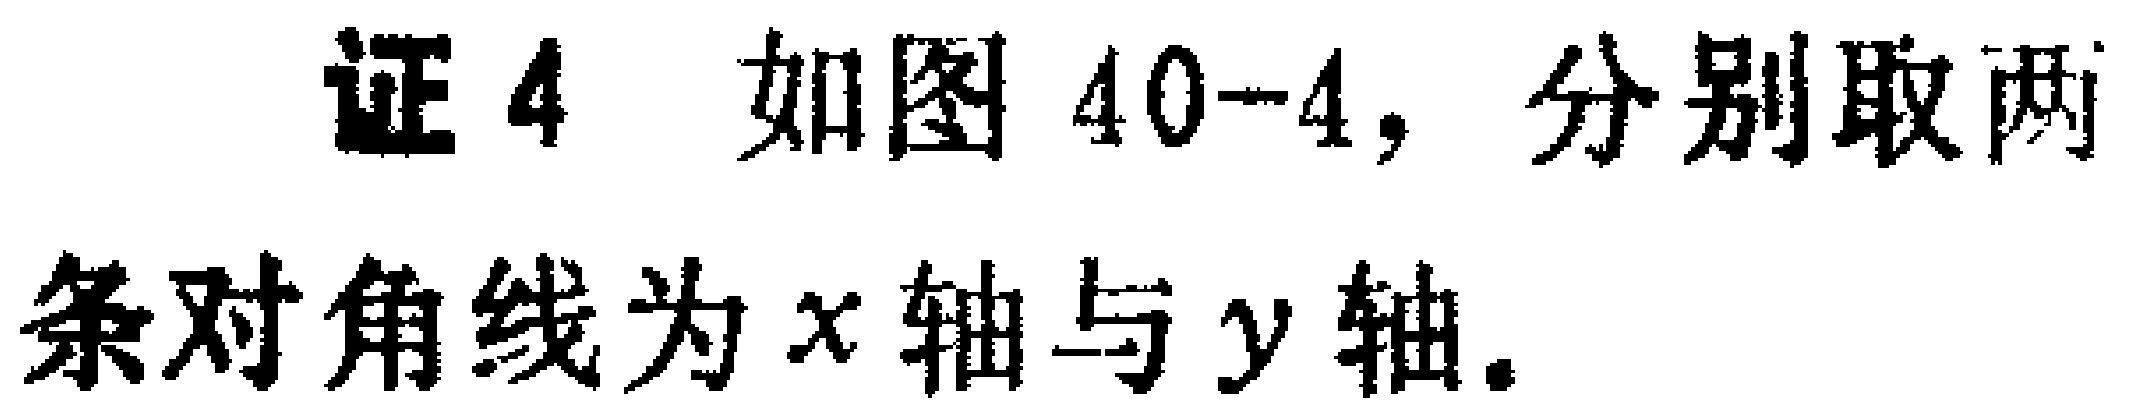
证4 如图40-4，分别取两条对角线为\(x\)轴与\(y\)轴。